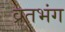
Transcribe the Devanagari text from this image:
व्रतभंग